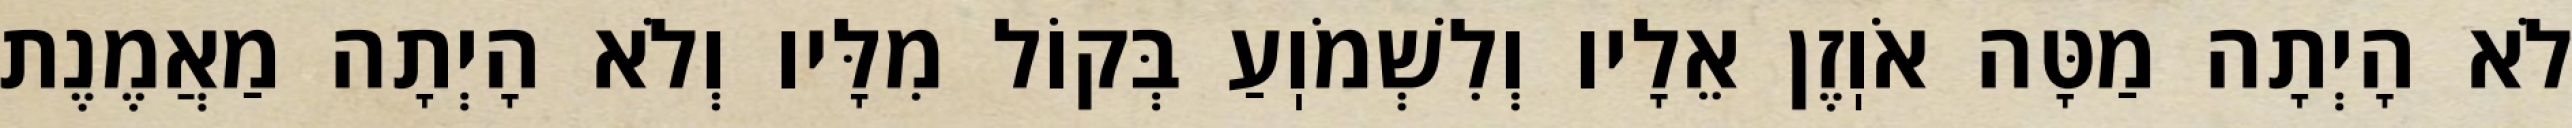
לֹא הָיְתָה מַטָּה אֹוֽזֶן אֵלָיו וְלִשְׁמֹוֽעַ בְּקוֹל מִלָּיו וְלֹא הָיְתָה מַאֲמֶנֶת